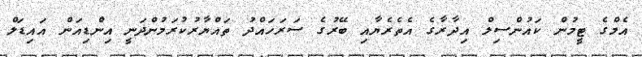
އެމްގެ ޓީމުން ކައުންސިލް އިދާރާގެ އެތެރެޔާއި ބޭރުގެ ސަރަހައްދު ތައްޔާރުކުރަމުންދަނީ އިންޑިއަން އައިޑަލް